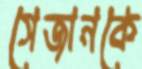
সেজানকে